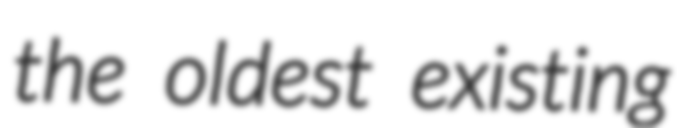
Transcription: the oldest existing